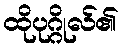
ထိုပုဂ္ဂိုလ်၏